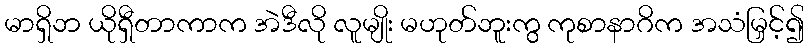
မာရှိဘ ယိုရှီတာကာက အဲဒီလို လူမျိုး မဟုတ်ဘူးကွ ကုစာနာဂိက အသံမြှင့်၍